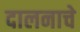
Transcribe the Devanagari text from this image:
दालनाचे